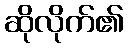
ဆိုလိုက်၏